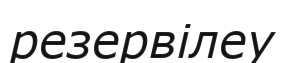
резервілеу